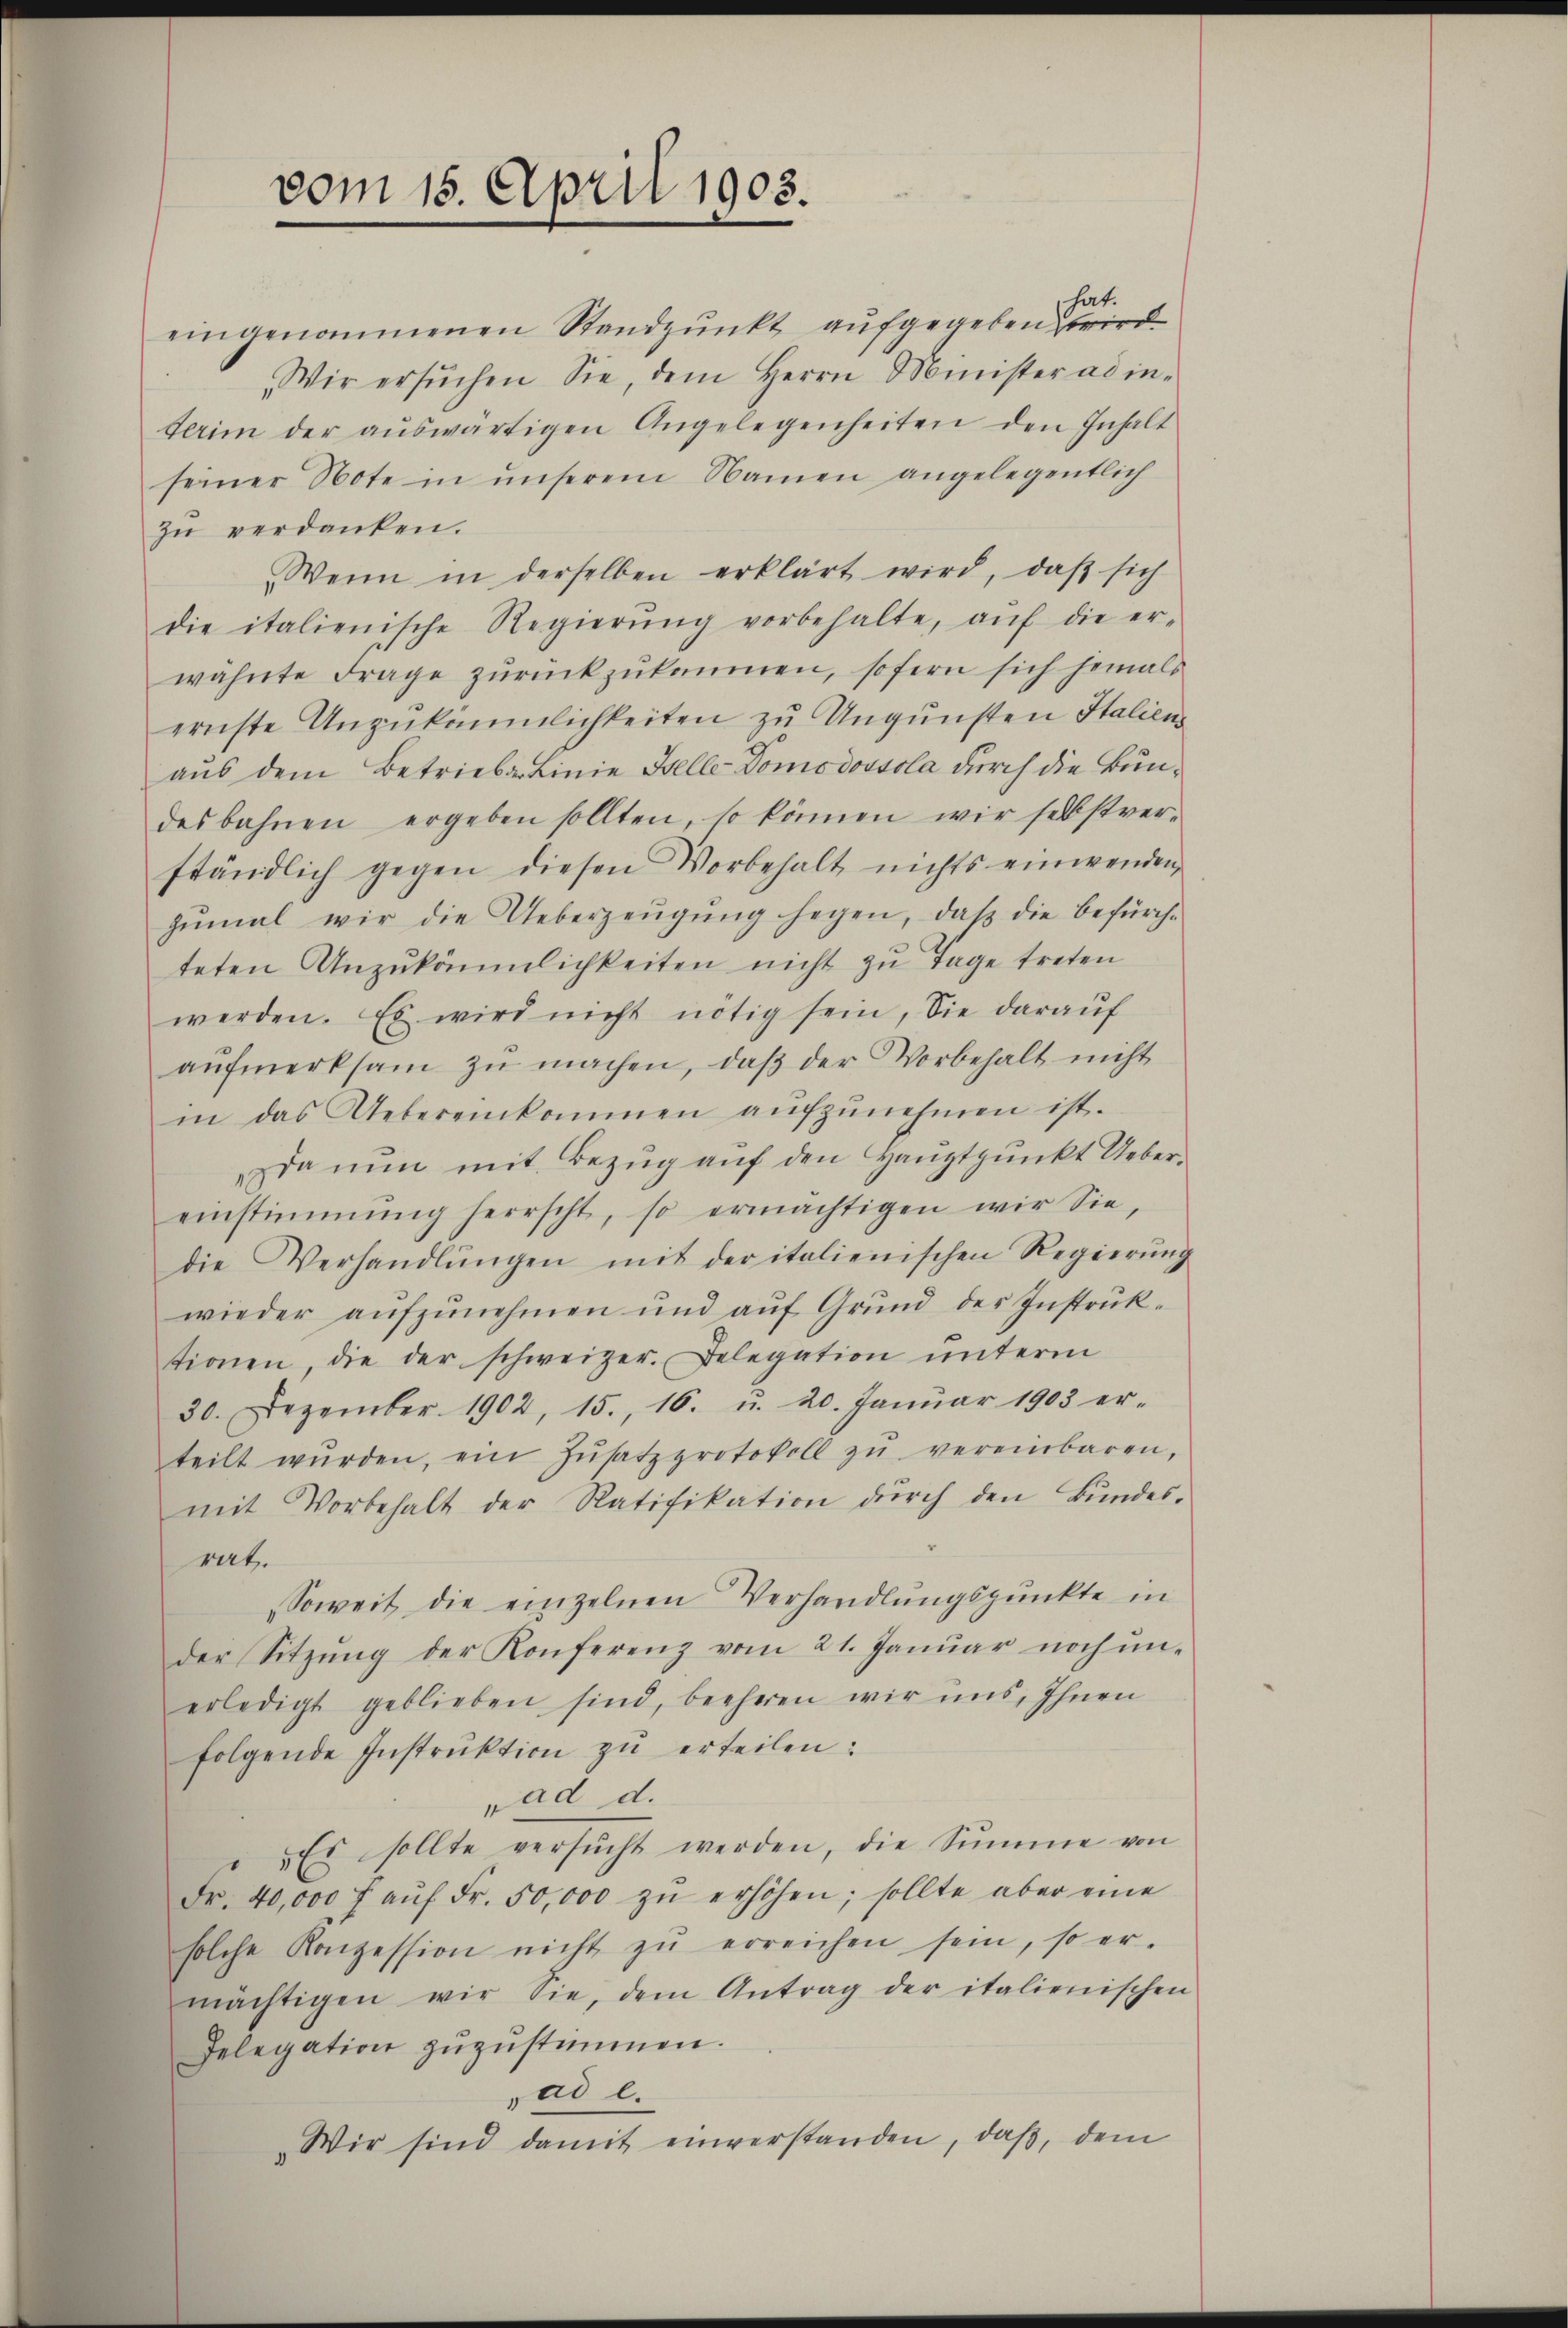
vom 15. April 1903.

hat.

eingenommenen Standpunkt aufgegeben wird
Wir ersŭchen Sie, dem Herrn Minister ad in-
terim der aŭswärtigen Angelegenheiten den Inhalt
seiner Note in unserem Namen angelegentlich
zŭ verdanken.
Wenn in derselben erklärt wird, daβ sich
die italienische Regierŭng vorbehalte, aŭf die er-
wähnte Frage zŭrückzŭkommen, sofern sich jemals
ernste Unzukömmlichkeiten zu Ungunsten Italien
aus dem Betriebe Linie Helle Domodovsola durch die Bundesbahnen ergeben sollten, so können wir selbstverständlich gegen diesen Vorbehalt nichts einwenden,
zŭmal wir die Ueberzeŭgŭng hegen, daβ die befürch-
teten Anzukömmlichkeiten nicht zu Tage treten
werden. Es wird nicht nötig sein, die darauf
aŭfmerksam zŭ machen, daβ der Vorbehalt nicht
in das Uebereinkommen aŭfzŭnehmen ist.
da nun mit Bezug auf den Hauptpunkt Uebereinstimmung herrscht, so ermächtigen wir Sie,
die Verhandlŭngen mit der italienischen Regierŭng
wieder aŭfzŭnehmen und aŭf Grŭnd der Instrŭk-
tionen, die der schweizer. Belegation ŭnterm
30. Dezember 1902, 15., 16. u. 20. Janŭar 1903 er-
teilt wŭrden, ein Zŭsatzprotokoll zŭ vereinbaren,
mit Vorbehalt der Ratifikation dŭrch den Bŭndes-
rat.
Soweit die einzelnen Verhandlŭngspunkte in
der Sitzŭng der Konferenz vom 21. Janŭar noch ŭn-
erledigt geblieben sind, beeheren wir uns, Ihnen
folgende Instruktion zu erteilen:
ad d.
Es sollte versŭcht werden, die Summe von
Fr. 40,000 f aŭf Fr. 50,000 zŭ erhöhen; sollte aber eine
solche Konzession nicht zŭ erreichen sein, so er-
mächtigen wir Sie, dem Antrag der italienischen
Relegation zŭzŭstimmen.
ad e.
Wir sind damit einverstanden, daβ dem